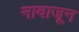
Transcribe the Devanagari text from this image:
नावाजून